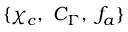
\{ \chi _ { c } , ~ C _ { \Gamma } , ~ f _ { a } \}